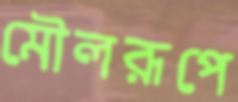
মৌলরূপে